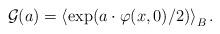
LaTeX: \begin{align*}\mathcal{G}(a)=\left\langle \exp (a\cdot \varphi (x,0)/2)\right\rangle _{B}.\end{align*}